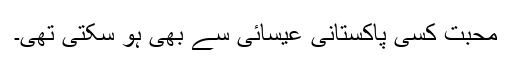
محبت کسی پاکستانی عیسائی سے بھی ہو سکتی تھی۔